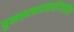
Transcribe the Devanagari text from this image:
पुनरुत्पादनासंदर्भातील